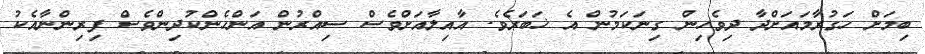
ބިމަށް ހަގުރާމައަށްދާ ދިވެހިން ގިނަކަމުން އެ ޚަބަރެވެ. އާއިލާއަށްވެސް ސިއްރުން އަންހެންކުދިންވެސް ފިރިންނާއެކު